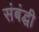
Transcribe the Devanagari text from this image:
संबंद्घी